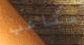
متاعب